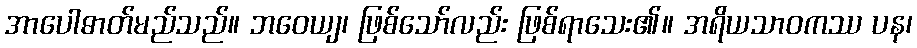
အာပေါဓာတ်မည်သည်။ ဘဝေယျ၊ ဖြစ်သော်လည်း ဖြစ်ရာသေး၏။ အရိယသာဝကဿ ပန၊